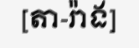
[តា-រ៉ាង]